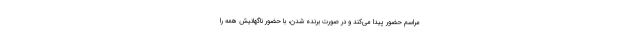
مراسم حضور پیدا می‌کند و در صورت برنده شدن، با حضور ناگهانیش همه را